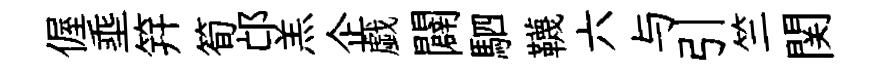
偓埀笄筍邙羔企戯闢駟韈六与引竺関